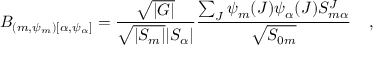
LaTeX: B _ { ( m , \psi _ { m } ) [ \alpha , \psi _ { \alpha } ] } = { \frac { \sqrt { | \cal G | } } { \sqrt { | { \cal S } _ { m } | } | { \cal S } _ { \alpha } | } } { \frac { \sum _ { J } \psi _ { m } ( J ) \psi _ { \alpha } ( J ) { S } _ { m \alpha } ^ { J } } { \sqrt { { S } _ { 0 m } } } } \; \; \; \; ,